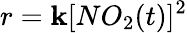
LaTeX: r=\mathbf{k}[NO_{2}(t)]^{2}